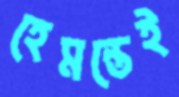
হেমন্তেই